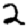
Digit: 2